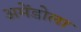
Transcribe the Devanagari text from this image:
अमेंडोला